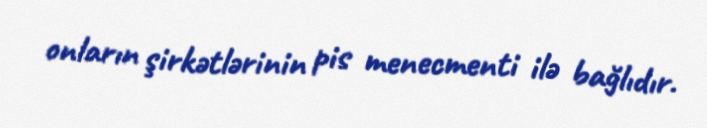
onların şirkətlərinin pis menecmenti ilə bağlıdır.